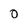
Character: 0